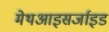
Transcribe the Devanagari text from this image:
मेथआइसर्जाइड